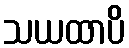
သယထာပိ